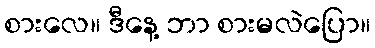
စားလေ။ ဒီနေ့ ဘာ စားမလဲပြော။